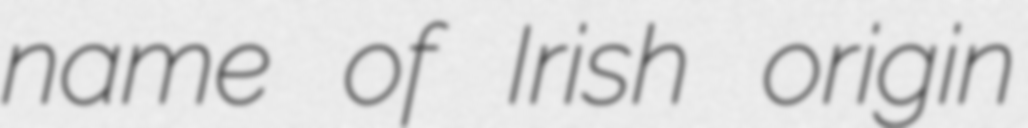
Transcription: name of Irish origin